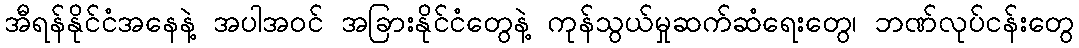
အီရန်နိုင်ငံအနေနဲ့ အပါအဝင် အခြားနိုင်ငံတွေနဲ့ ကုန်သွယ်မှုဆက်ဆံရေးတွေ၊ ဘဏ်လုပ်ငန်းတွေ